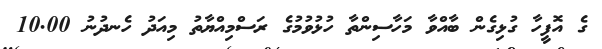
ގެ އޮފީހާ ގުޅިގެން ބާއްވާ މަހާސިންތާ ހުޅުވުމުގެ ރަސްމިއްޔާތު މިއަދު ހެނދުނު 10.00